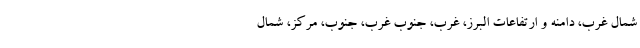
شمال غرب، دامنه و ارتفاعات البرز، غرب، جنوب غرب، جنوب، مرکز، شمال